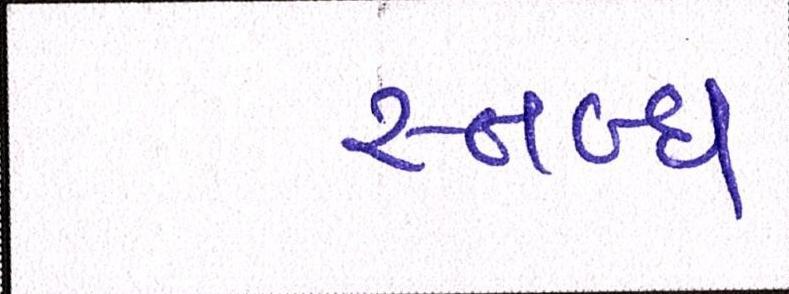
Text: સ્તબ્ધ